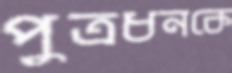
পুত্রধনকে